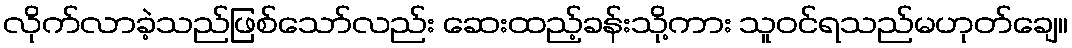
လိုက်လာခဲ့သည်ဖြစ်သော်လည်း ဆေးထည့်ခန်းသို့ကား သူဝင်ရသည်မဟုတ်ချေ။